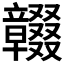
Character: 𥫓